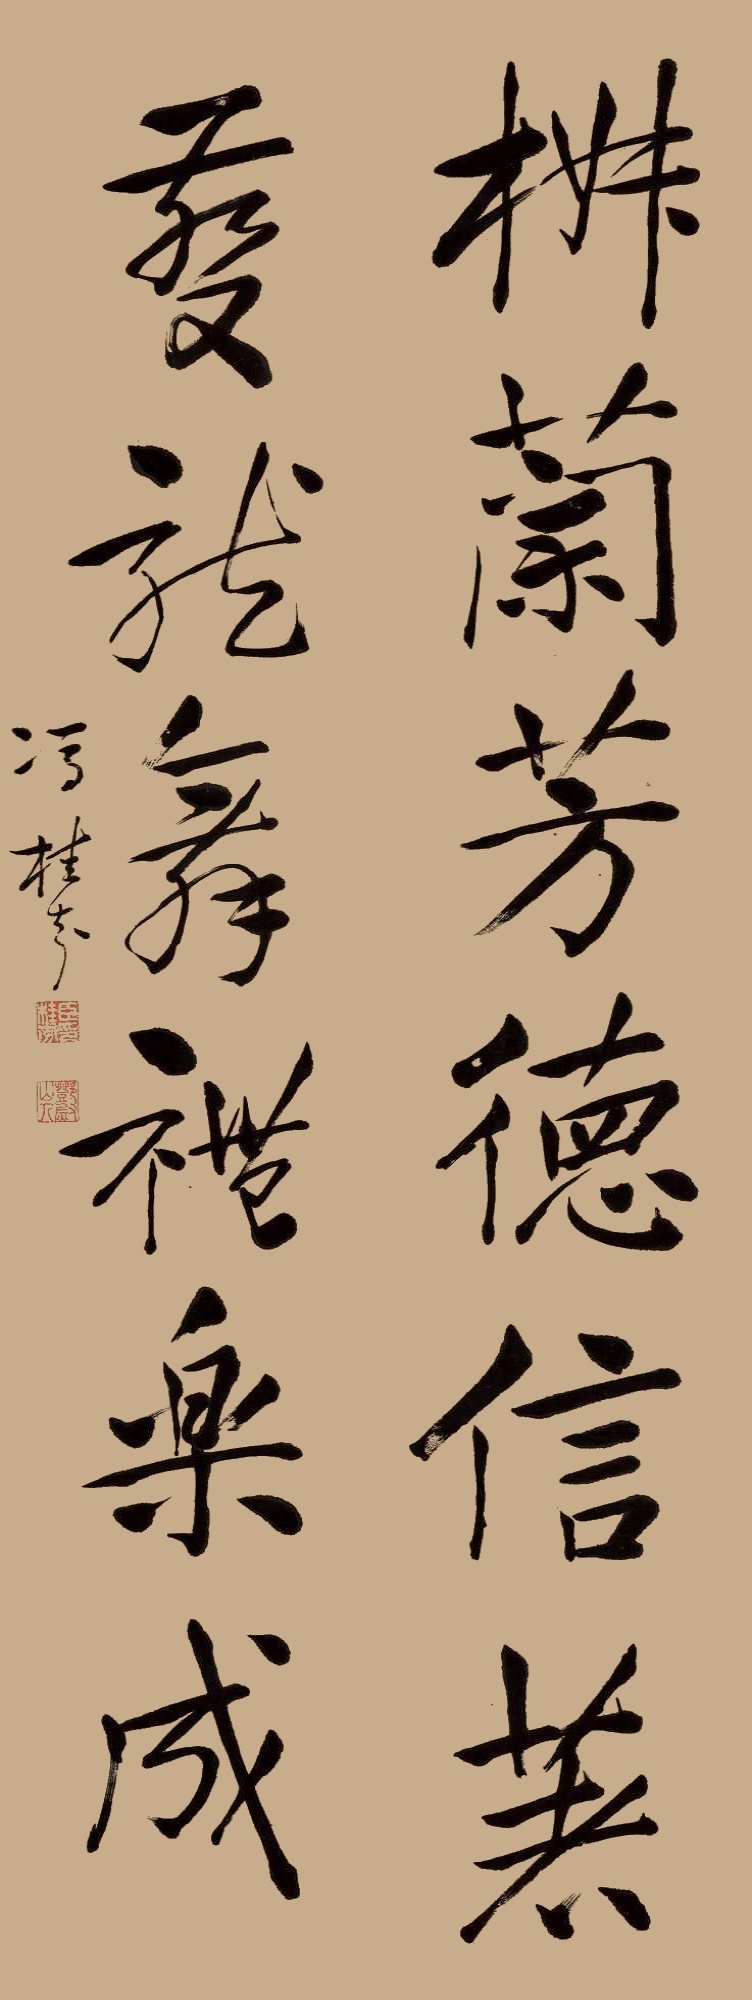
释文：椒兰芳德信著，夔龙舞礼乐成。冯桂芬。